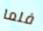
فلما